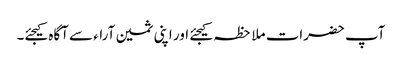
آپ حضرات ملاحظہ کیجئے اور اپنی ثمین آراء سے آگاہ کیجئے۔